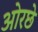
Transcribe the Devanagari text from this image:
ओरछे